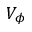
V _ { \phi }